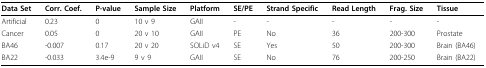
| Data Set | Corr. Coef. | P-value | Sample Size | Platform | SE/PE | Strand Specific | Read Length | Frag. Size | Tissue |
 | --- | --- | --- | --- | --- | --- | --- | --- | --- | --- |
 | Artificial | 0.23 | 0 | 10 v 9 | GAII | - | - | - | - | - |
 | Cancer | 0.05 | 0 | 20 v 10 | GAII | PE | No | 36 | 200-300 | Prostate |
 | BA46 | -0.007 | 0.17 | 20 v 20 | SOLiD v4 | SE | Yes | 50 | 200-300 | Brain (BA46) |
 | BA22 | -0.033 | 3.4e-9 | 9 v 9 | GAII | SE | No | 76 | 200-250 | Brain (BA22) |